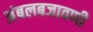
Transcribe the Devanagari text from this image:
अंबलबजावणी